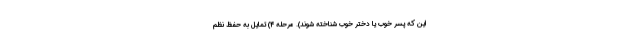
این که پسر خوب یا دختر خوب شناخته شوند). مرحله 4) تمایل به حفظ نظم